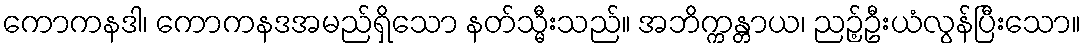
ကောကနဒါ၊ ကောကနဒအမည်ရှိသော နတ်သ္မီးသည်။ အဘိက္ကန္တာယ၊ ညဉ့်ဦးယံလွန်ပြီးသော။